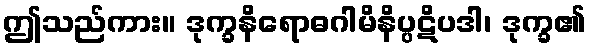
ဤသည်ကား။ ဒုက္ခနိရောဓဂါမိနိပ္ပဋိပဒါ၊ ဒုက္ခ၏